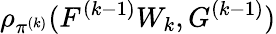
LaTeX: \rho_{\pi^{(k)}}(F^{(k-1)}W_{k},G^{(k-1)})